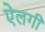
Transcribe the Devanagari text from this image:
ऐलगी